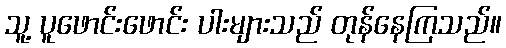
သူ့ ပူဖောင်းဖောင်း ပါးများသည် တုန်နေကြသည်။